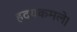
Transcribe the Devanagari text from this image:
हदयकमले।